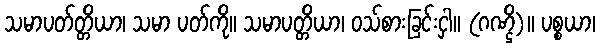
သမာပတ်တ္တိယာ၊ သမာ ပတ်ကို။ သမာပတ္တိယာ၊ ဝသ်စားခြင်းငှါ။ (ဂဏ္ဌိ)။ ပစ္စယာ၊